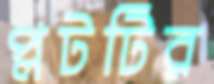
প্লটটির